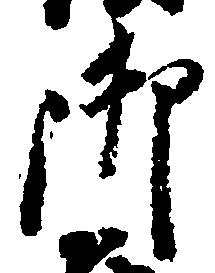
御